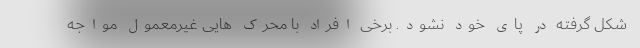
شکل گرفته در پای خود نشود. برخی افراد با محرک هایی غیرمعمول مواجه